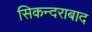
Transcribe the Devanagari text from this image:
सिकन्‍दराबाद